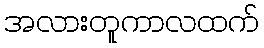
အလားတူကာလထက်